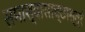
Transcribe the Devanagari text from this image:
समाश्वासाच्छास्त्रं